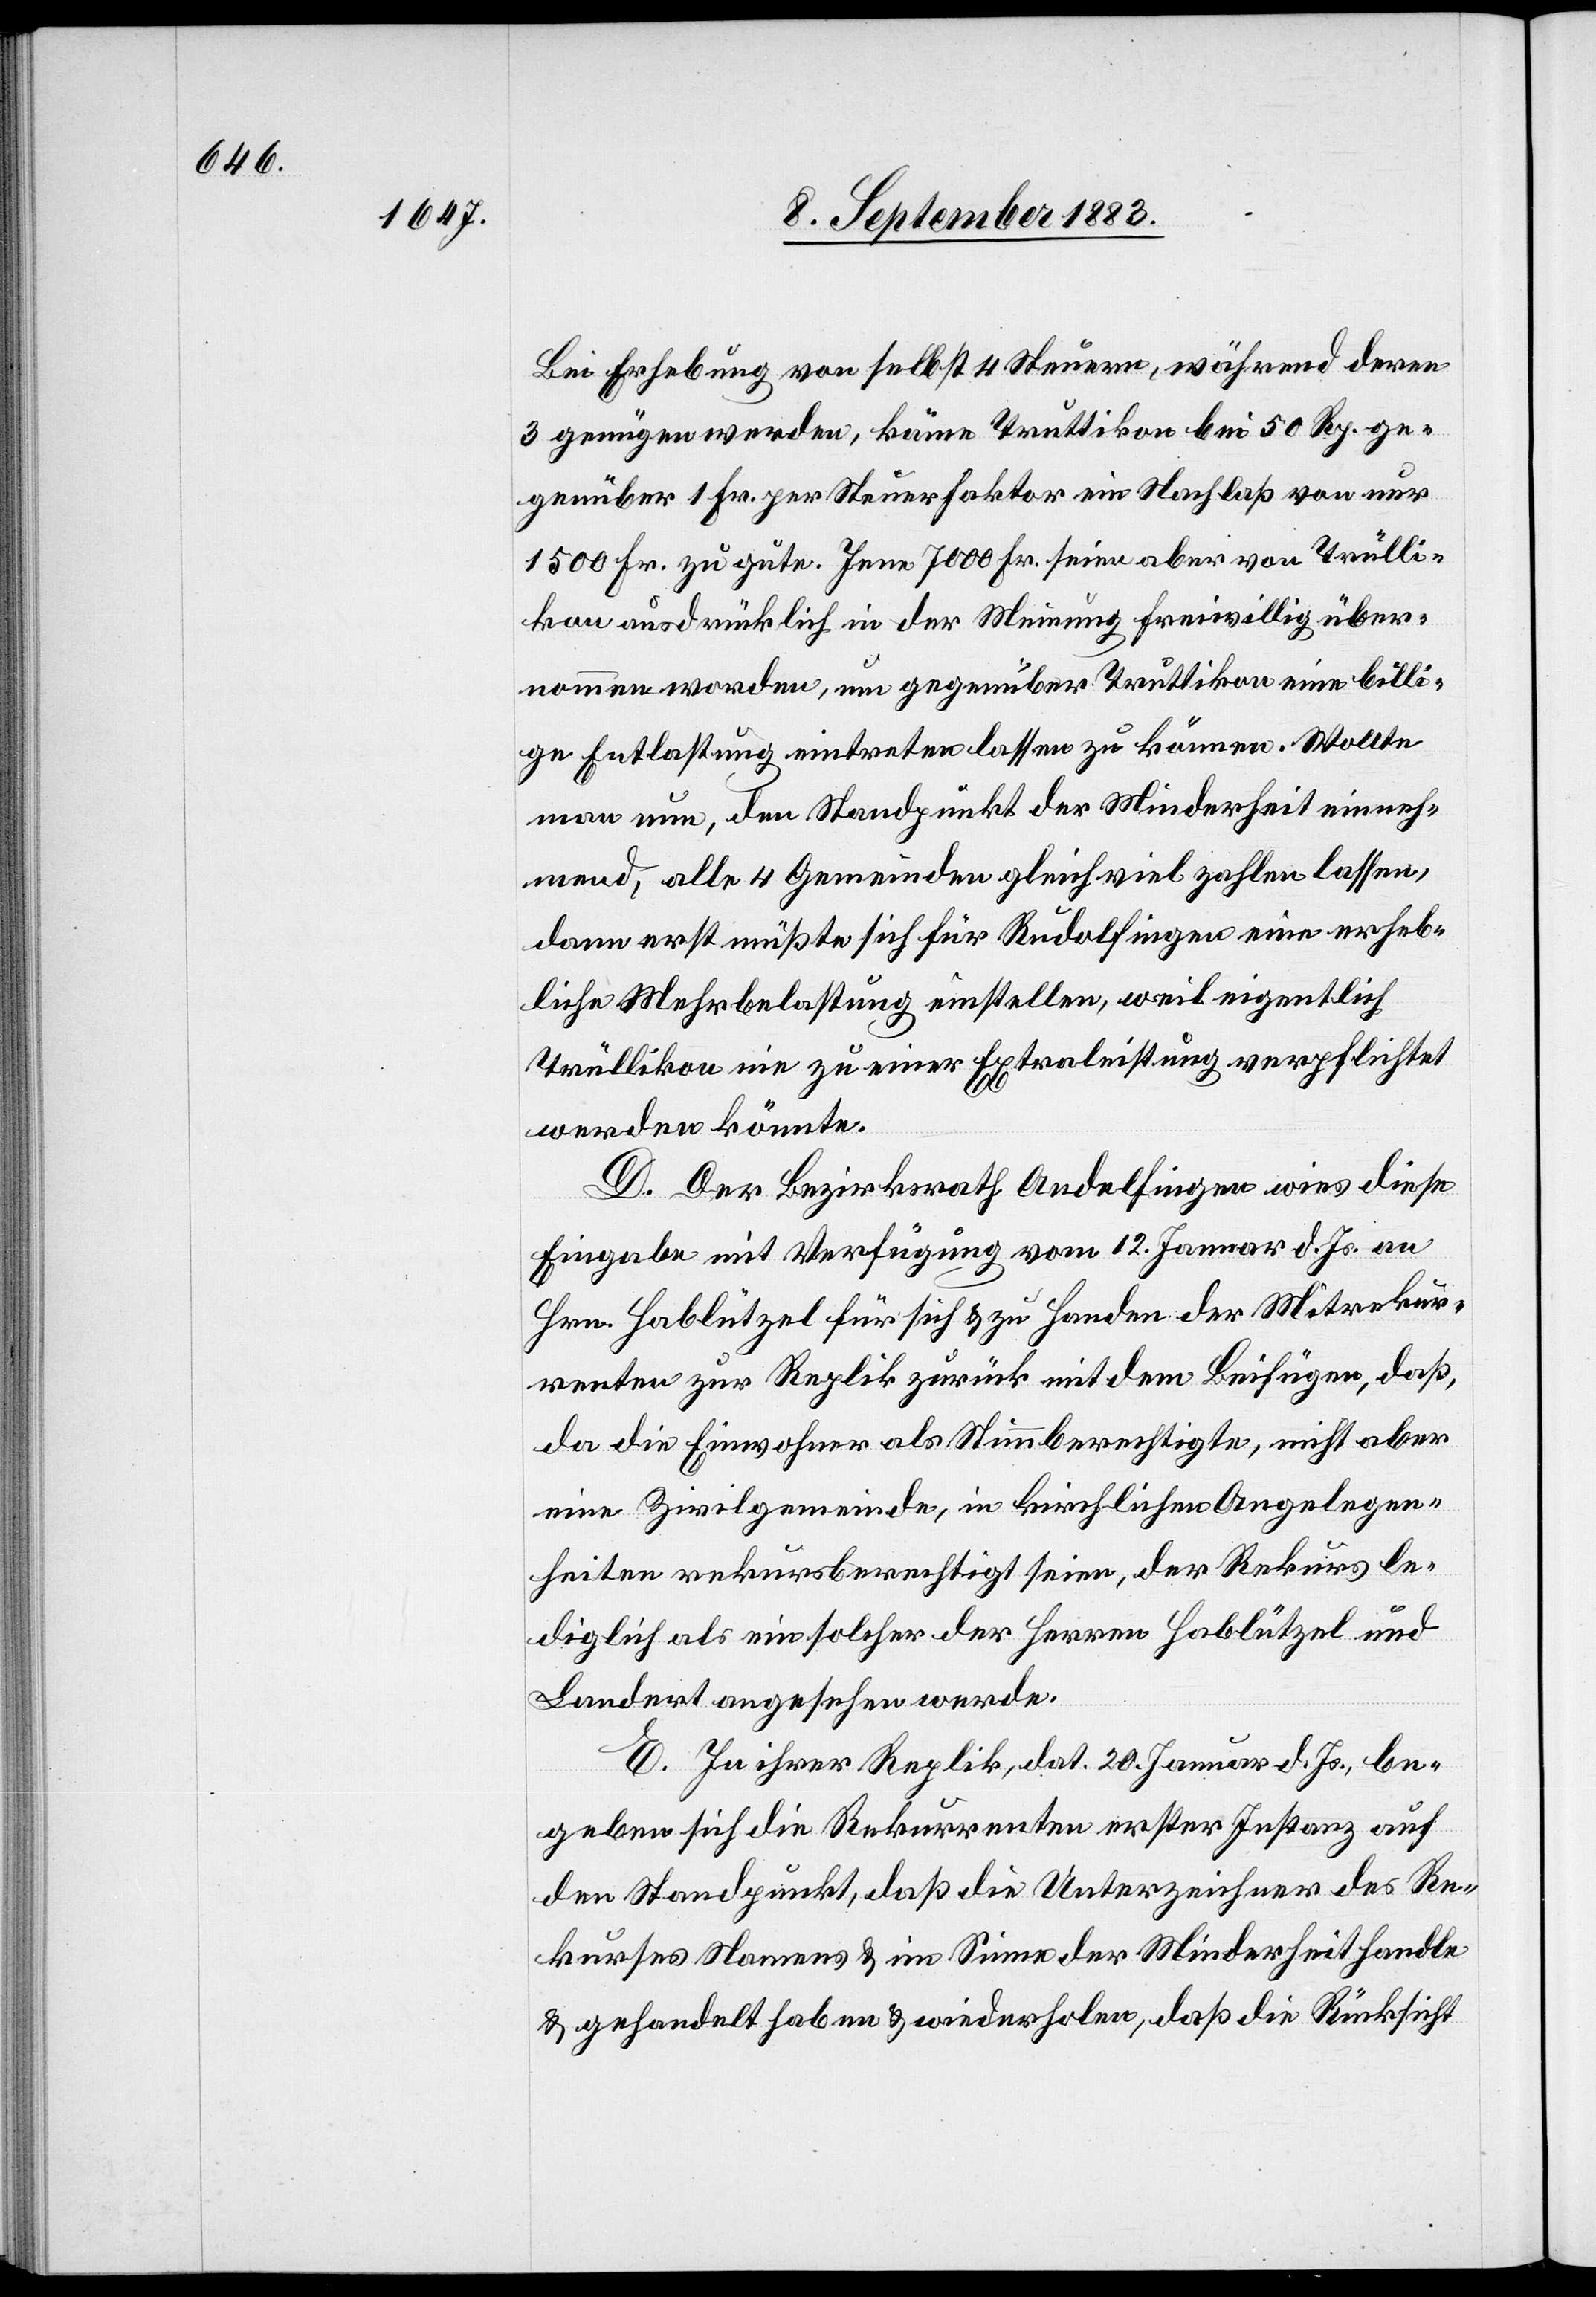
Bei Erhebung von selbst 4 Steuern, während deren
3 genügen werden, käme Truttikon bei 50 Rp. ge¬
genüber 1 Fr. per Steuerfaktor ein Nachlaß von nur
1500 Fr. zu gute. Jene 7000 Fr. seien aber von Trülli¬
kon ausdrücklich in der Meinung freiwillig über¬
nommen worden, um gegenüber Truttikon eine billi¬
ge Entlastung eintreten lassen zu können. Wollte
man nun, den Standpunkt der Minderheit einneh¬
mend, alle 4 Gemeinden gleich viel zahlen lassen,
dann erst müßte sich für Rudolfingen eine erheb¬
liche Mehrbelastung einstellen, weil eigentlich
Trüllikon nie zu einer Extraleistung verpflichtet
werden könnte.
D. Der Bezirksrath Andelfingen wies diese
Eingabe mit Verfügung vom 12. Januar d. Js. an
Hrn. Hablützel für sich & zu handen der Mitrekur¬
renten zur Replik zurück mit dem Beifügen, daß,
da die Einwohner als Stimmberechtigte, nicht aber
eine Zivilgemeinde, in kirchlichen Angelegen¬
heiten rekursberechtigt seien, der Rekurs le¬
diglich als ein solcher der Herren Hablützel und
Landert angesehen werde.
E. In ihrer Replik, dat. 20. Januar d. Js., be¬
geben sich die Rekurrenten erster Instanz auf
den Standpunkt, daß die Unterzeichner des Re¬
kurses Namens & im Sinne der Minderheit handle
& gehandelt habe & wiederholen, daß die Rücksicht